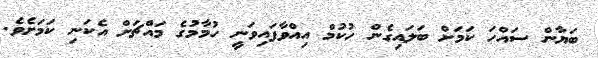
ބަޔާން ސައްހަ ކަމަށް ބަލައިގެން ހުކުމް އިއްވާފައިވަނީ ހުމާމުގެ މައްޗަށް އެކަނި ކަމަށެވެ.